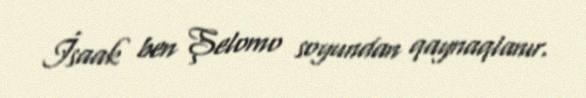
İsaak ben Şelomo soyundan qaynaqlanır.